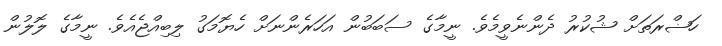
ހަޟްރަތަށް ޝުކުރު ދެންނެވީމެވެ. ނީމާގެ ސަބަބުން އަހަރެންނަށް ހެޔޮމަގު ލިބިއްޖެއެވެ. ނީމާގެ ލޮލުން